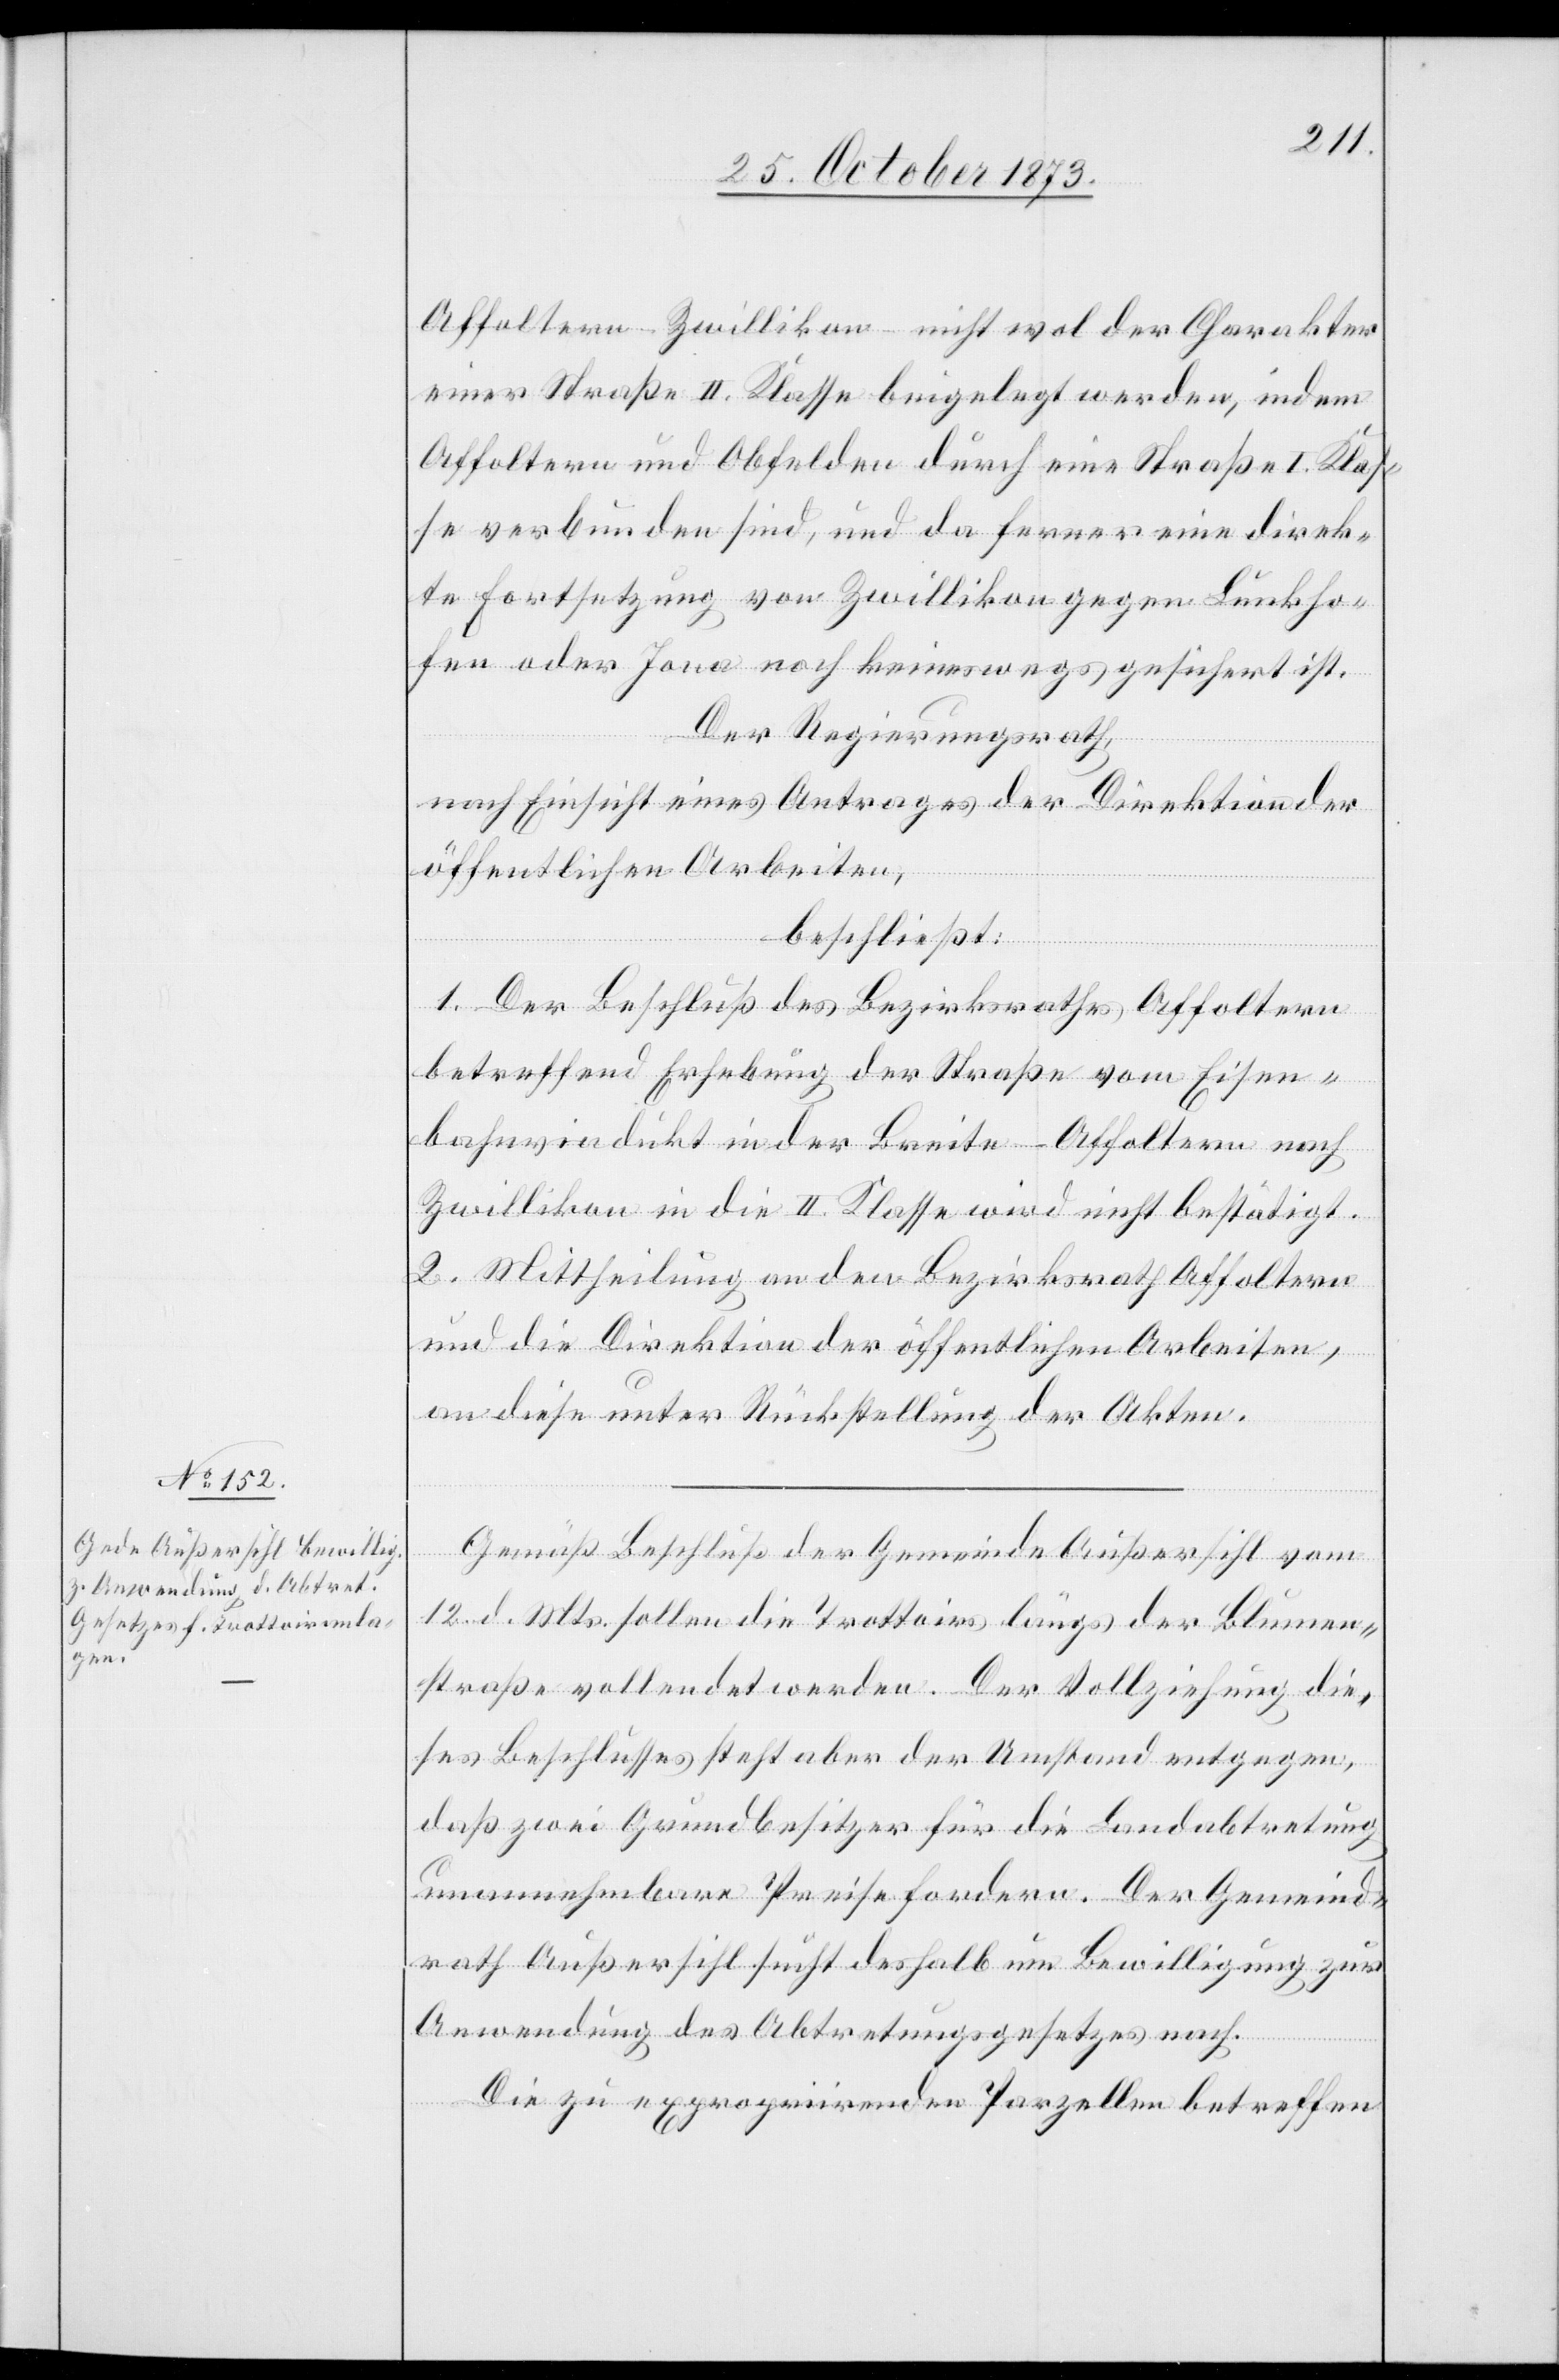
Affoltern–Zwillikon nicht wol der Charakter
einer Straße II. Klasse beigelegt werden, indem
Affoltern und Obfelden durch eine Straße I. Klas¬
se verbunden sind, und da ferner eine direk¬
te Fortsetzung von Zwillikon gegen Lunkho¬
fen oder Jona noch keineswegs gesichert ist.
Der Regierungsrath,
nach Einsicht eines Antrages der Direktion der
öffentlichen Arbeiten,
beschließt:
1. Der Beschluß des Bezirksrathes Affoltern
betreffend Erhebung der Straße vom Eisen¬
bahnviadukt in der Breite - Affoltern nach
Zwillikon in die II. Klasse wird nicht bestätigt.
2. Mittheilung an den Bezirksrath Affoltern
und die Direktion der öffentlichen Arbeiten,
an diese unter Rückstellung der Akten.
Gemäß Beschluß der Gemeinde Außersihl vom
12. d. Mts. sollen die Trottoirs längs der Blumen¬
straße vollendet werden. Der Vollziehung die¬
ses Beschlusses steht aber der Umstand entgegen,
daß zwei Grundbesitzer für die Landabtretung
unannehmbare Preise fordern. Der Gemeind¬
rath Außersihl sucht deshalb um Bewilligung zur
Anwendung des Abtretungsgesetzes nach.
Die zu expropriirenden Parzellen betreffen